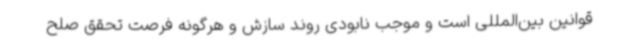
قوانین بین‌المللی است و موجب نابودی روند سازش و هرگونه فرصت تحقق صلح